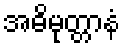
အဓိမုတ္တာနံ